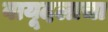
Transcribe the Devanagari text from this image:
वायूदलाचा